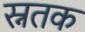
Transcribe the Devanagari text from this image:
स्नतक